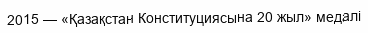
2015 — «Қазақстан Конституциясына 20 жыл» медалі